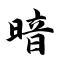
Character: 暗